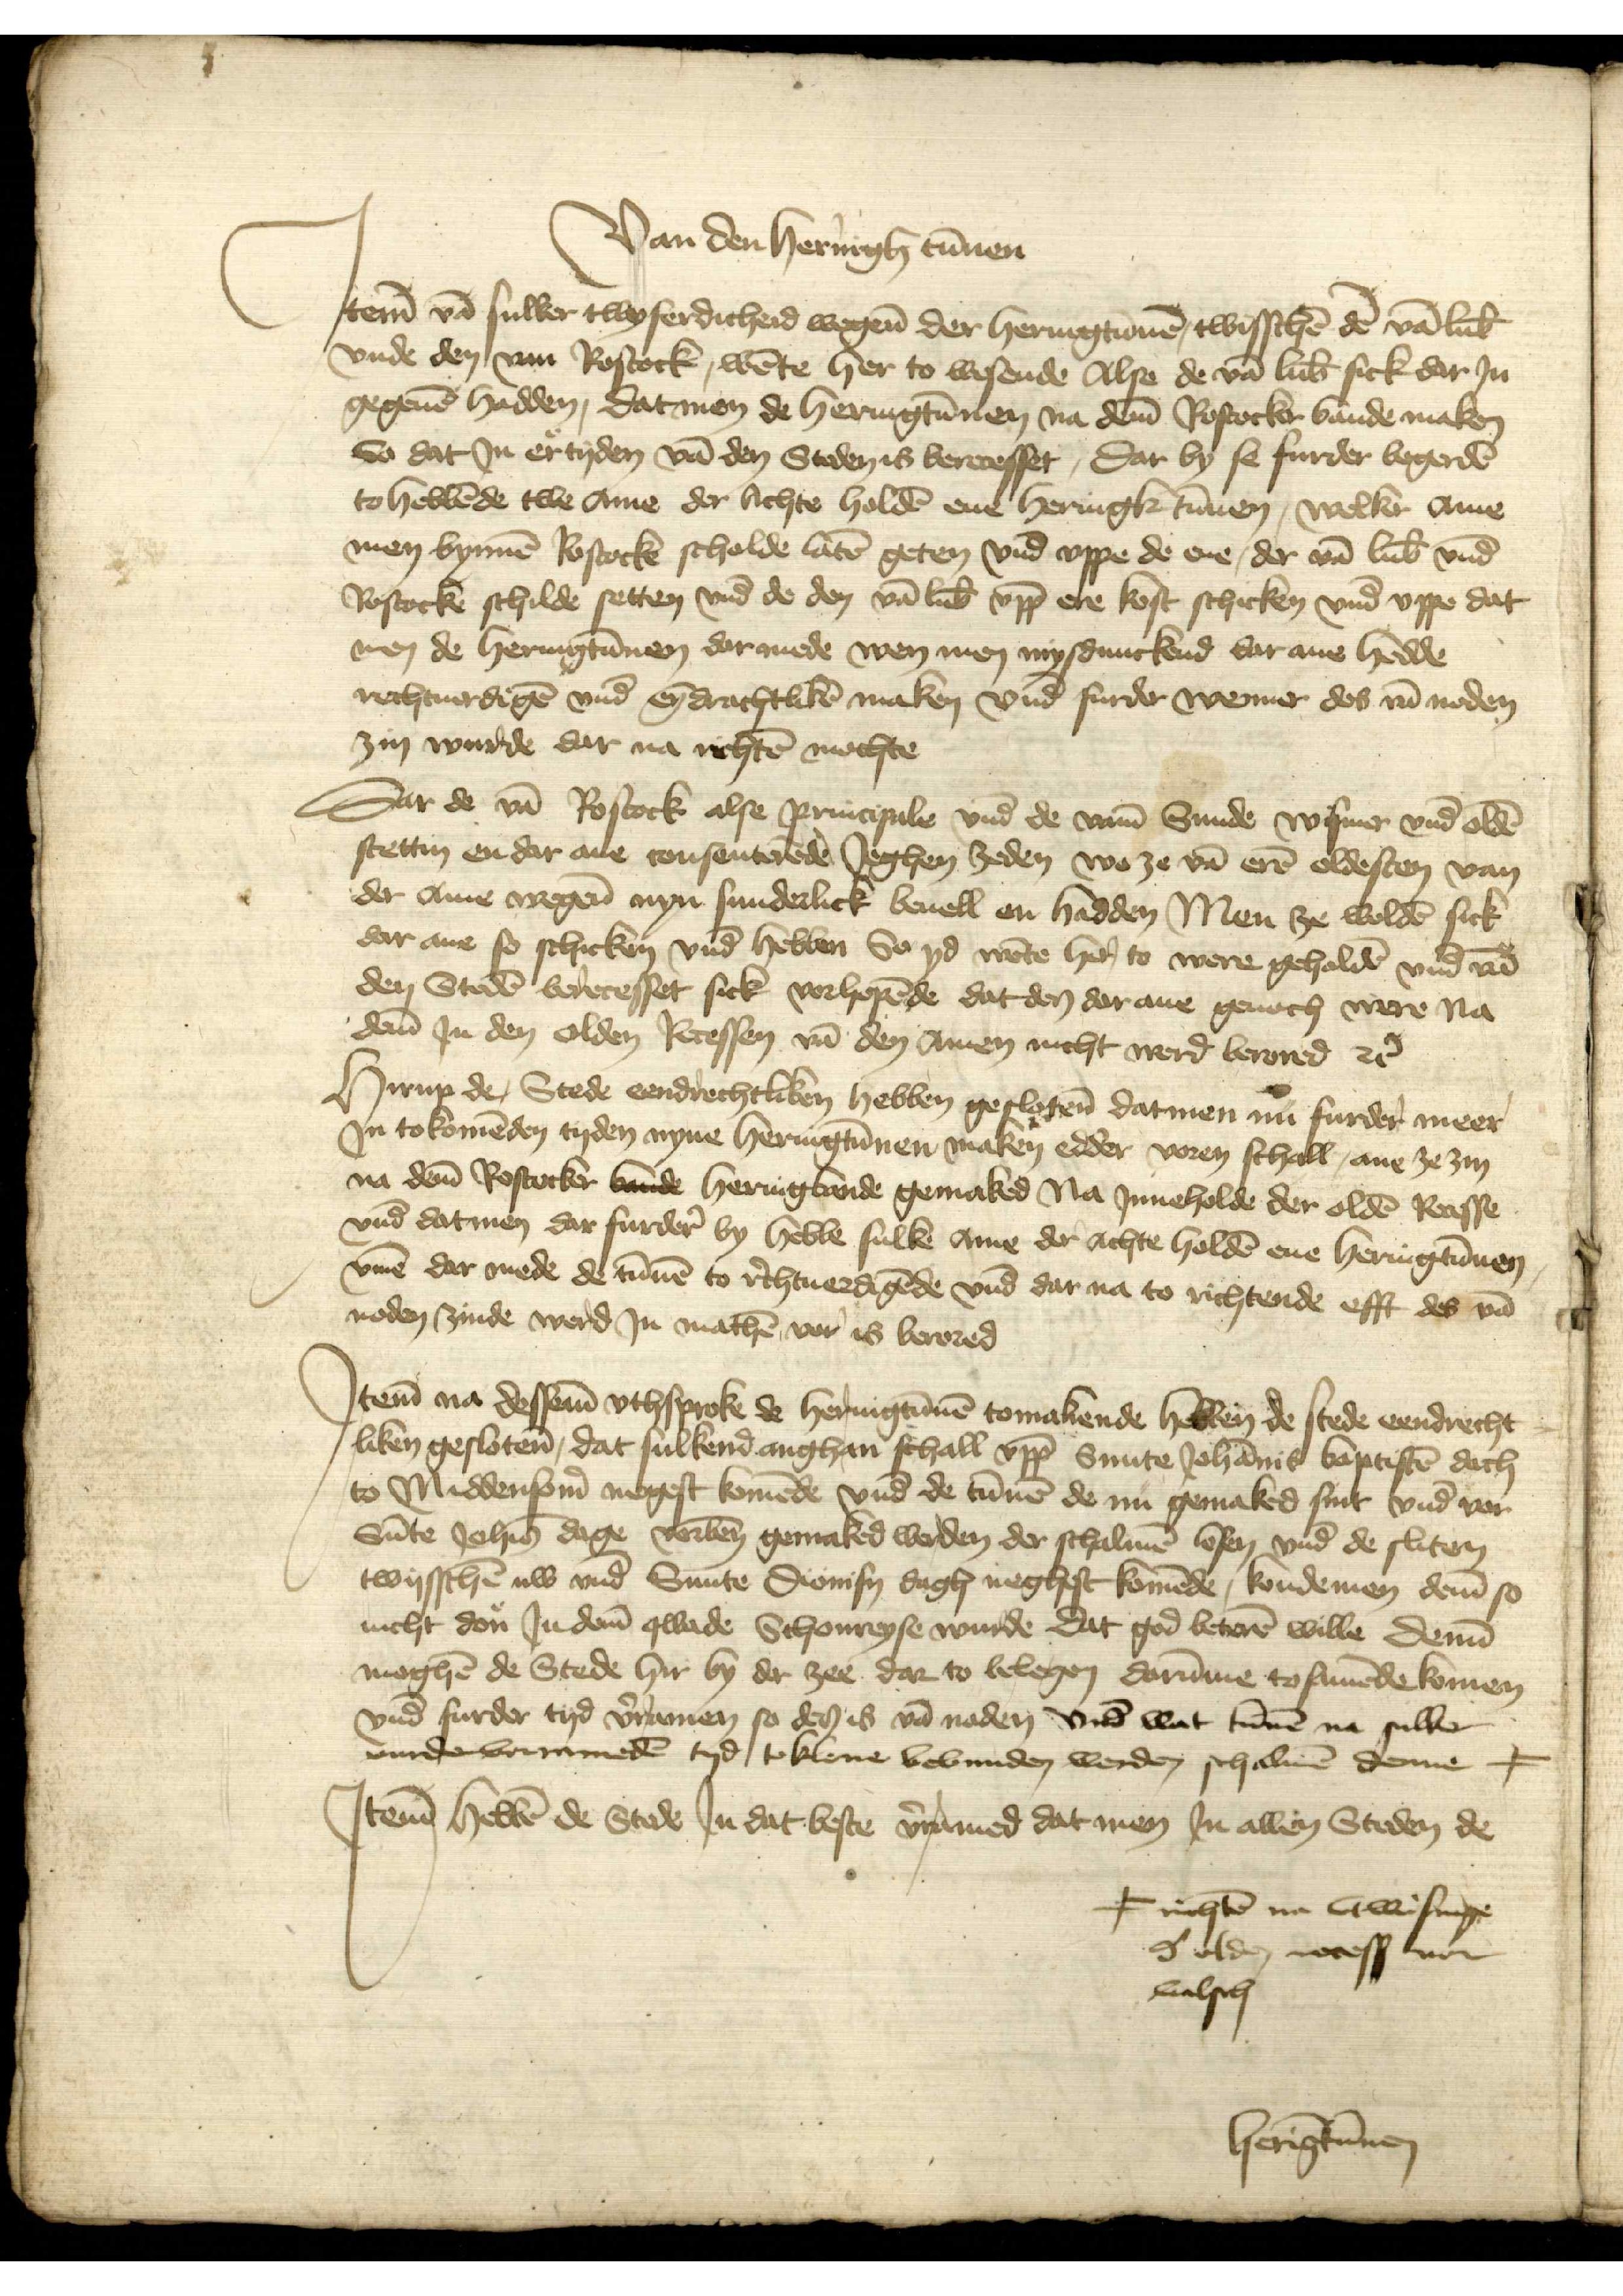
Van den heringh tūnen
Jtem vā sulker twyferdicheid wegen̄ der heringtunē, twischē dē vā Lub̄
vnde den van Rostock, wēte her to wesende Alse de vā Lub̄ sick dar Jn
gegeuē hadden, dat men de Heringtūnen na dem̄ Rostocke bande maken
So dat Jn ertyden vā den Steden is berecesset, Dar by se furder begerdē
to hebbē de twe ame der lichte holdē enw Heringk tūnen, welke ame
men bynnē Rostocke scholde latē geten vnd vppe de ene, de vā Lub̄ vnd
Rostocke schilde setten vnd de den vā Lub̄ vpp̄ ere kost schicken vnd vppe dat
men de Heringtūnen dar mede wen men mysdunckend dat ane hadde
rechtuerdigē vnd eȳdrachtikē maken vnd furder wenner des vā noden
zin wurde dae na richtē mochte

Dar de vā Rostock alse principale vnd de vam̄ Sunde Wismer vnd Oldē¬
stettin en dar ane consenterēde Jeghen zeden wo ze vā erē oldesten van
der ame wegen̄ nyn sunderlick beuell en hadden Men ze woldē sick
dar ane so schicken vnd hebben So yd wēte her to were geholdē vnd vā
den Stedē berecesset sick vorhopēde dat den dar ane genoch ere na
dem̄ Jn den olden Recessen vā den Amen nicht werd berored et̉
Hirup de Stede eendrechtliken hebben geslotē datmen nu furder meer
Jn to komēden tyden nyne Heringtūnen maken edder voren schall, ane ze zin
na dem̄ Rostok vnde Heringbande gemaked Na Jnneholde der oldē Recesse
vnd datmen dar furder̉ by hebbe sulke Ame der achte holdē ene Heringtūnen
v̄me dar mede de tūnē to r̉chtuerdigēde vnd dar na to richtende efft des vā
noden zinde werd Jn mathē vor is berored

Jtem na dessem vthsprake de Heringtūnē tomakende hebben de stede eendrecht¬
liken gesloten, dat sulkend anghan schall vpp Sunte Johānis Baptistē dach
to Middensom̉ negest komēde vnd de tūnē de nu gemaked sint vnd vor
Sūte Joh̄is dage vorben̄ gemaked worden der schalmē lesen vnd de sliten
twisschē nw vnd Sunte Dionisy dagh neghest komēde, konde men dem̄ so 
nicht don Jn dem̄ qwade Schonreyse wurde dat god beterē wille denn̄
mogē de Stede hir by der zee dar to belegen darūme to samēde komen
vnd furder tyd v̄ramen so des is vā noden vnd wat tūnē na sulker
vurder vorramedē tyd toklene bevunden werden schalmē denne F

Jtem hebbē de Stede Jan dat beste v̉ramed dat men Jn allen Steden de

F richtē na vtwisinge
d̉ olden recess vor
valsch

Herīgtūnen